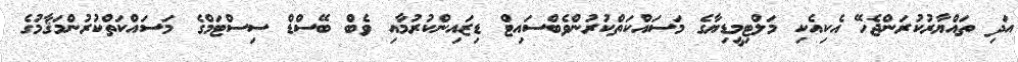
އަދި ތައްޔާރުކުރަންޖެހޭ އެކިއެކި މަލްޓިމީޑިޔާގެ މަސައްކަތްކުރުންވެބްސައިޓް ޑިޒައިންކުރުމާއި ވެބް ބޭސްޑް ސިސްޓަމްގެ މަސައްކަތްކުރުންމަޤާމުގެ